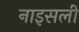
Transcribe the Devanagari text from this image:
नाइसली